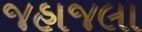
જહાજલા